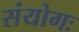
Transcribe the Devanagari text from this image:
संयोगः